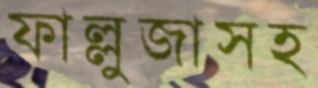
ফাল্লুজাসহ